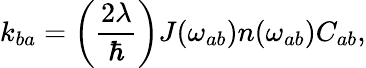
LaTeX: k_{ba}=\left(\frac{2\lambda}{\hbar}\right)J(\omega_{ab})n(\omega_{ab})C_{ab},